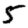
Digit: 5